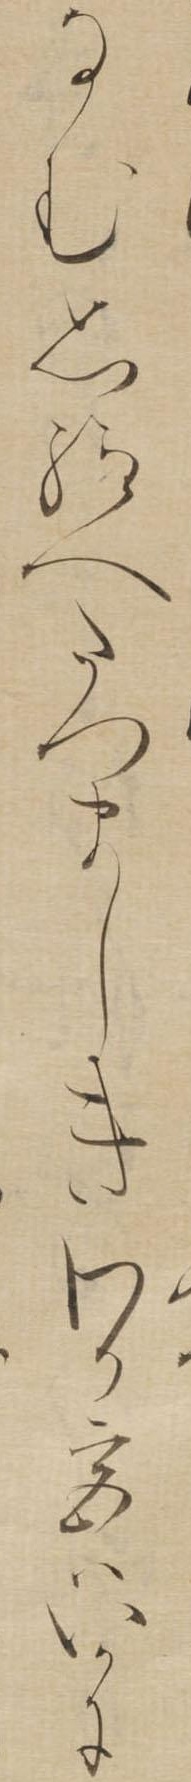
なむ思給へたつましきわか宮はいかに